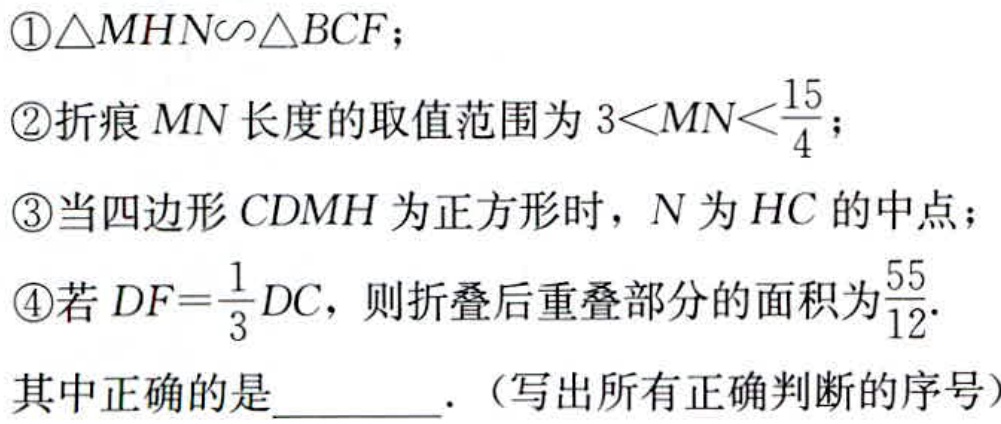
\textcircled{1}\textcircled{2}\textcircled{3}\textcircled{4}